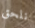
نلحق